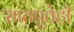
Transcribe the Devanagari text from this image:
सातपुतेही